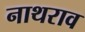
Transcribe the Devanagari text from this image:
नाथराव